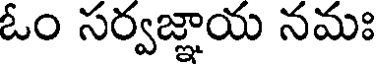
ఓం సర్వజ్ఞాయ నమః